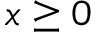
x \ge 0